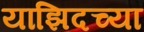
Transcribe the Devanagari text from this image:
याझिदच्या